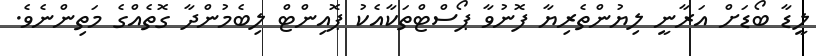
ލީޑާ ބޯޑަށް އަރާނީ ލިޔުންތެރިޔާ ފޮނުވާ ޕޯސްޓްތަކާއެކު ޕޮއިންޓް ލިބެމުންދާ ގޮތެއްގެ މަތިންނެވެ.